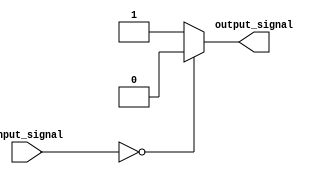
module generate_function (
    input [7:0] input_signal,
    output reg output_signal
);

always @* begin
    if (input_signal == 8'b00000000)
        output_signal = 1'b0;
    else
        output_signal = 1'b1;
end

endmodule